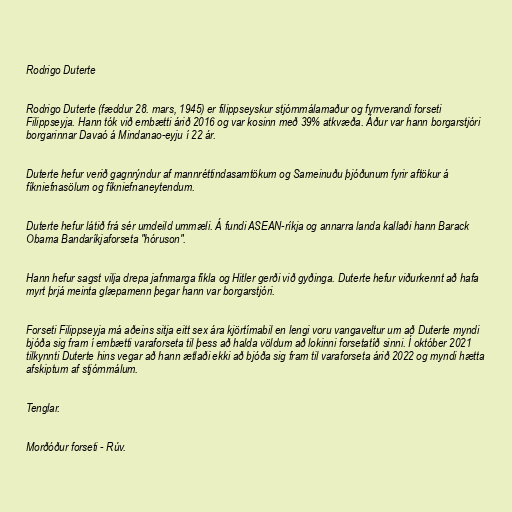
Rodrigo Duterte

Rodrigo Duterte (fæddur 28. mars, 1945) er filippseyskur stjórnmálamaður og fyrrverandi forseti
Filippseyja. Hann tók við embætti árið 2016 og var kosinn með 39% atkvæða. Áður var hann borgarstjóri
borgarinnar Davaó á Mindanao-eyju í 22 ár.

Duterte hefur verið gagnrýndur af mannréttindasamtökum og Sameinuðu þjóðunum fyrir aftökur á
fíkniefnasölum og fíkniefnaneytendum.

Duterte hefur látið frá sér umdeild ummæli. Á fundi ASEAN-ríkja og annarra landa kallaði hann Barack
Obama Bandaríkjaforseta "hóruson".

Hann hefur sagst vilja drepa jafnmarga fíkla og Hitler gerði við gyðinga. Duterte hefur viðurkennt að hafa
myrt þrjá meinta glæpamenn þegar hann var borgarstjóri.

Forseti Filippseyja má aðeins sitja eitt sex ára kjörtímabil en lengi voru vangaveltur um að Duterte myndi
bjóða sig fram í embætti varaforseta til þess að halda völdum að lokinni forsetatíð sinni. Í október 2021
tilkynnti Duterte hins vegar að hann ætlaði ekki að bjóða sig fram til varaforseta árið 2022 og myndi hætta
afskiptum af stjórnmálum.

Tenglar.

Morðóður forseti - Rúv.